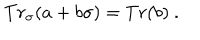
T r _ { \sigma } ( a + b \sigma ) = T r ( b ) \ .